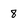
Character: 8